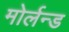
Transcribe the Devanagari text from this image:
मोर्लन्ड